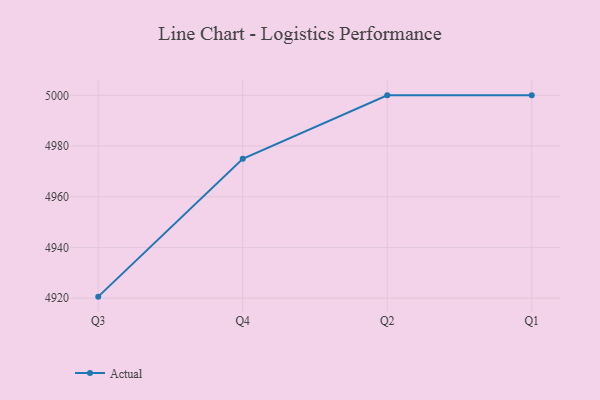
{"axis": {"x": "Quarter", "y": "Shipments"}, "legend": ["Actual"], "data": [{"x": "Q3", "y": 4920.6, "type": "Actual"}, {"x": "Q4", "y": 4975.0, "type": "Actual"}, {"x": "Q2", "y": 5000, "type": "Actual"}, {"x": "Q1", "y": 5000, "type": "Actual"}]}